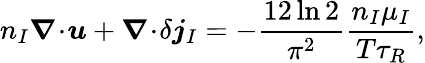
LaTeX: n_{I}\boldsymbol{\nabla}\! \cdot\! \boldsymbol{u}+\boldsymbol{\nabla}\! \cdot\! \delta\boldsymbol{j}_{I}=-\frac{12\ln 2}{\pi^{2}}\frac{n_{I}\mu_{I}}{T\tau_{R}},